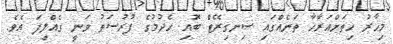
މިހާރު ހިތަށްއަރާހާ ތަނެއްގައި ސިނގިރޭޓް ބޮއި ހެދުމުގެ ފުރުސަތު ވަނީ ގެއްލިފަ އެވެ.